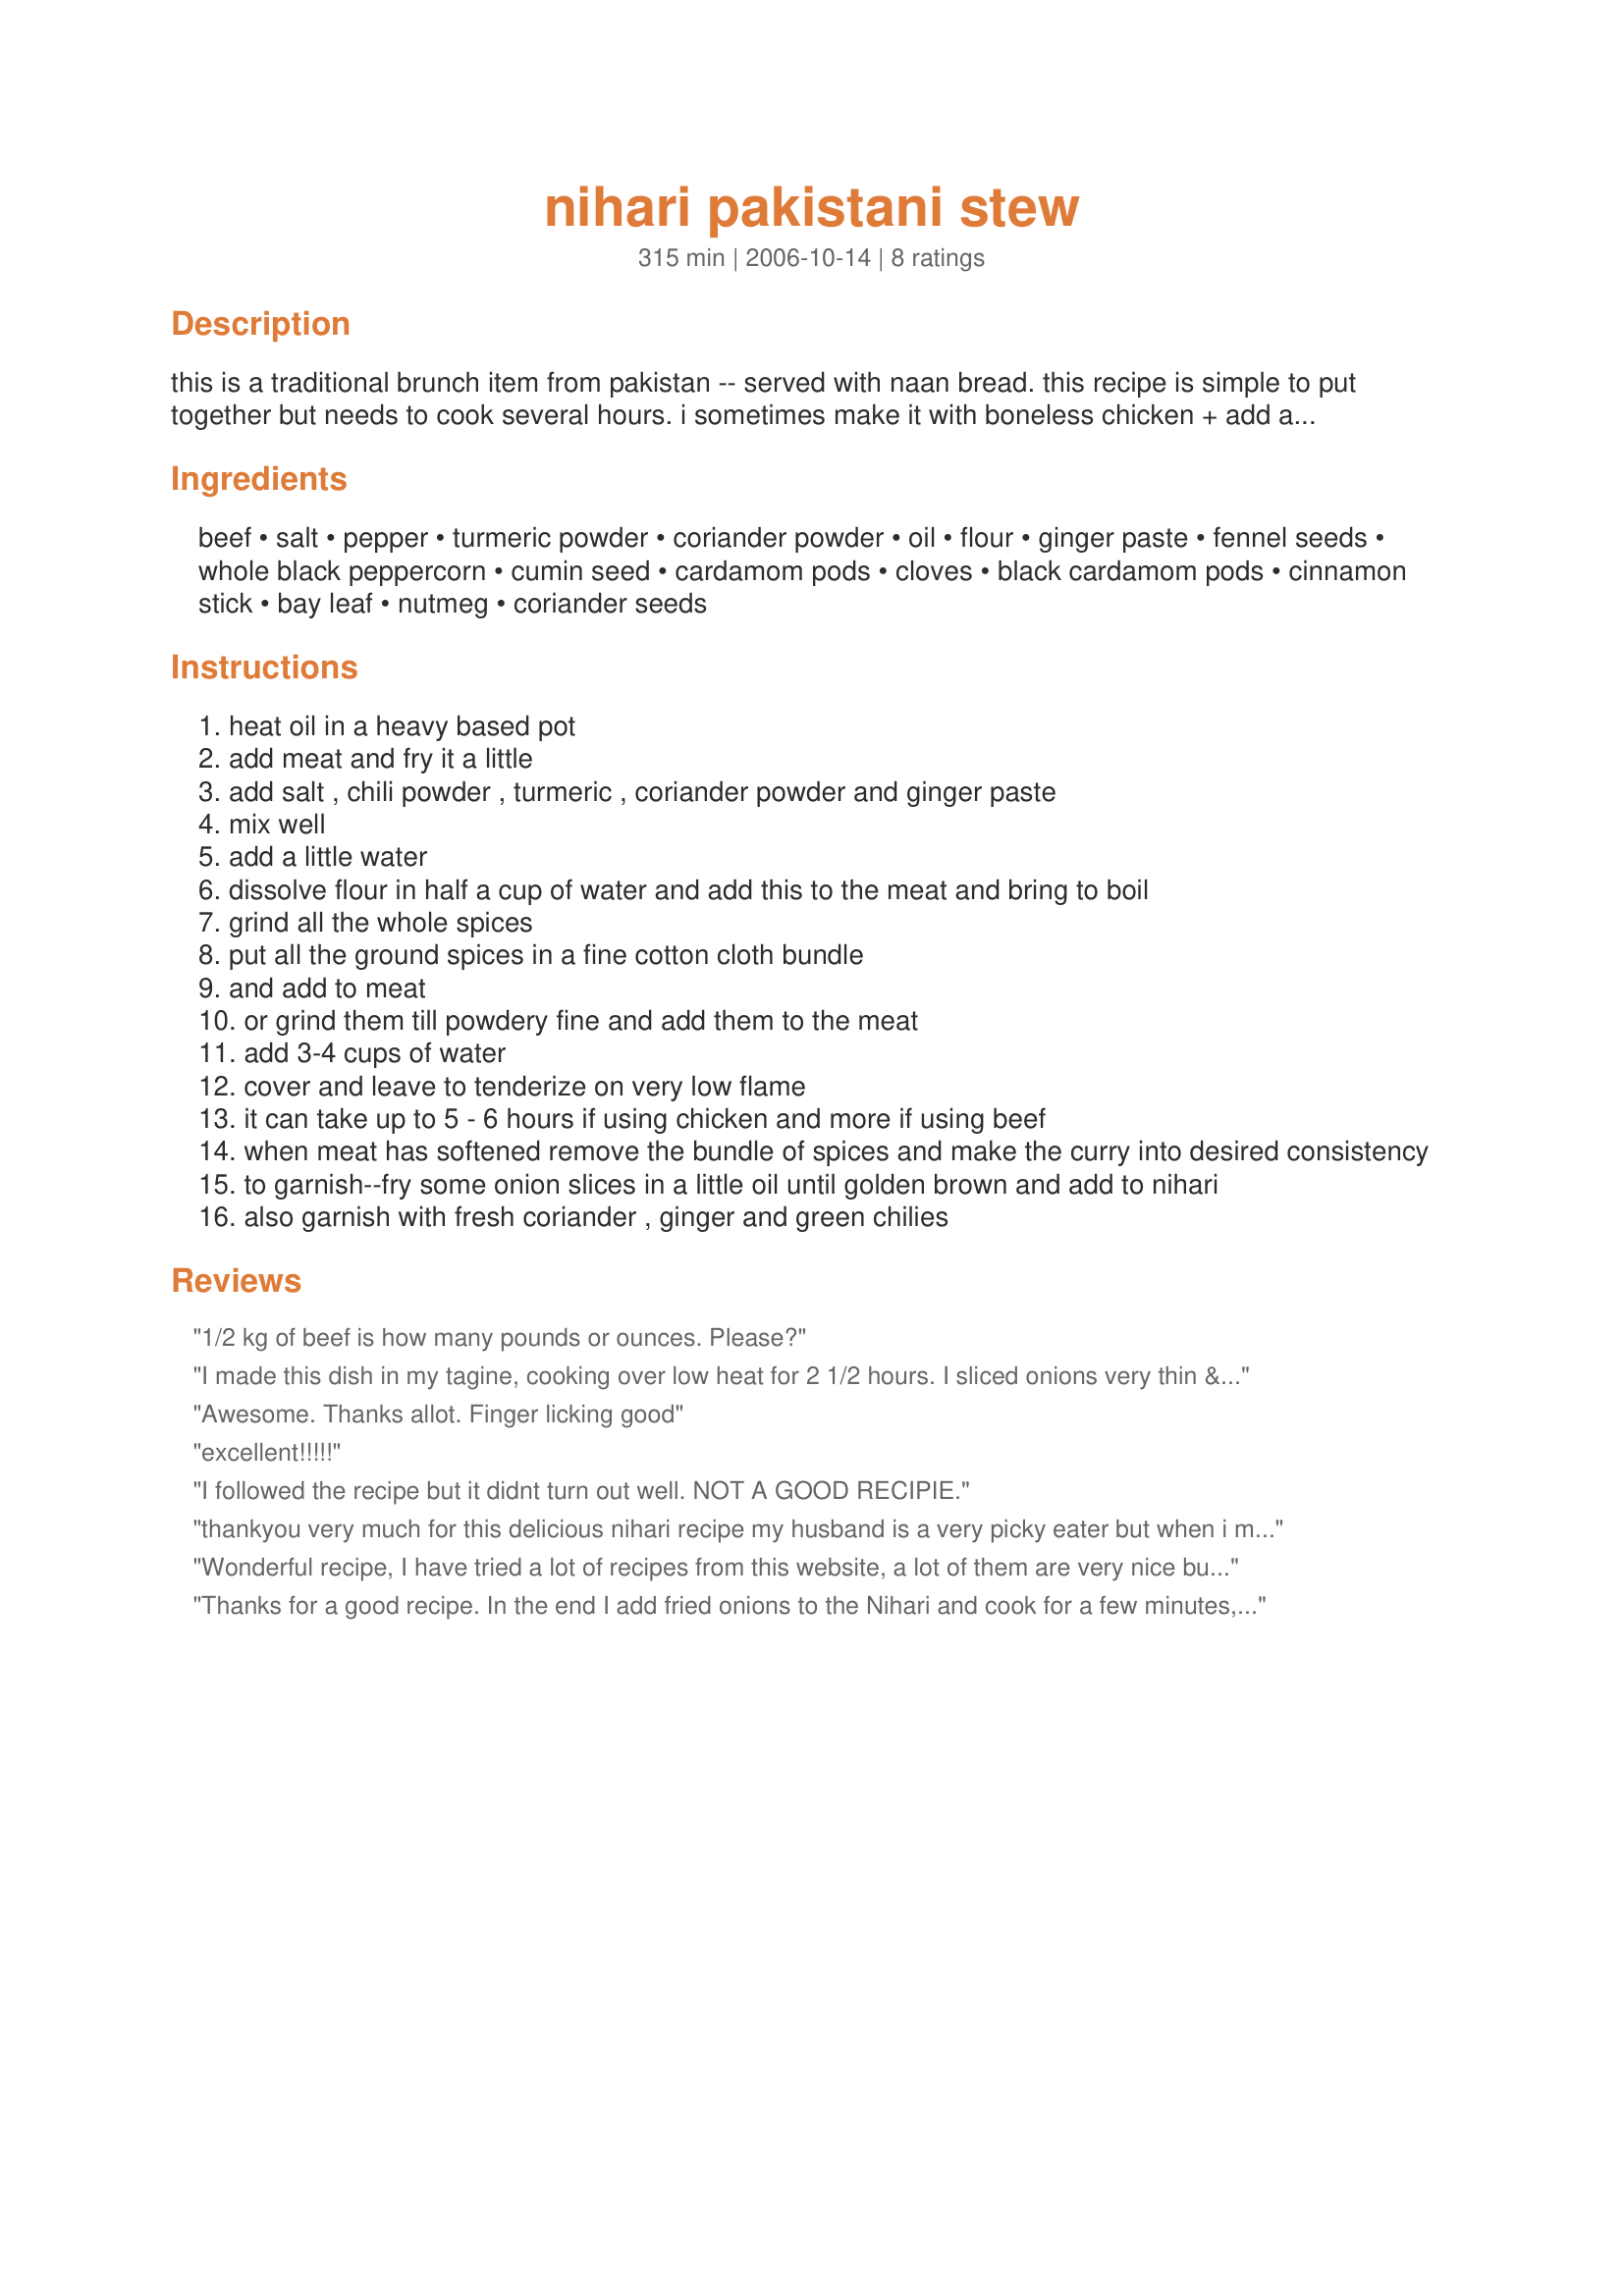
nihari pakistani stew
Preparation time: 315 minutes

this is a traditional brunch item from pakistan -- served with naan bread.
this recipe is simple to put together but needs to cook several hours. i sometimes make it with boneless chicken + add a stock cube to get the stewy taste.
if using beef - you can ask for "nihari meat" (its a special cut of meat) at your local halal butcher shop.

Ingredients:
beef, salt, pepper, turmeric powder, coriander powder, oil, flour, ginger paste, fennel seeds, whole black peppercorn, cumin seed, cardamom pods, cloves, black cardamom pods, cinnamon stick, bay leaf, nutmeg, coriander seeds

Steps:
heat oil in a heavy based pot
add meat and fry it a little
add salt , chili powder , turmeric , coriander powder and ginger paste
mix well
add a little water
dissolve flour in half a cup of water and add this to the meat and bring to boil
grind all the whole spices
put all the ground spices in a fine cotton cloth bundle
and add to meat
or grind them till powdery fine and add them to the meat
add 3-4 cups of water
cover and leave to tenderize on very low flame
it can take up to 5 - 6 hours if using chicken and more if using beef
when meat has softened remove the bundle of spices and make the curry into desired consistency
to garnish--fry some onion slices in a little oil until golden brown and add to nihari
also garnish with fresh coriander , ginger and green chilies

Reviews:
1/2 kg of beef is how many pounds or ounces. Please?
I made this dish in my tagine, cooking over low heat for 2 1/2 hours. I sliced onions very thin & cook them along with the beef. Near the end I added 1 cup of instant rice & cooked for another 15 minutes. Thanks again for another great recipe. Made for Ramadan Tag
Awesome. Thanks allot. Finger licking good
excellent!!!!!
I followed the recipe but it didnt turn out well. NOT A GOOD RECIPIE.
thankyou very much for this delicious nihari recipe my husband is a very picky eater but when i made nihari with this recipe he really enjoyed the food again thank you so much
Wonderful recipe, I have tried a lot of recipes from this website, a lot of them are very nice but this one compelled me to write a review, very nice flavour. Husband is a big nihari fan even though he is not pakistani but he loved the flavour too...thanks for sharing
Thanks for a good recipe. In the end I add fried onions to the Nihari and cook for a few minutes, gives a really nice flavor
